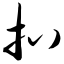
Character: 扒